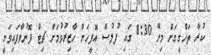
ކުރާ ތަހްގީގަށް މިރޭ 8:30 ގައި ފުލުސް އޮފީހަށް ހާޒިރުވުމަށް ޗިޓް ފޮނުވާފައިވަނީ